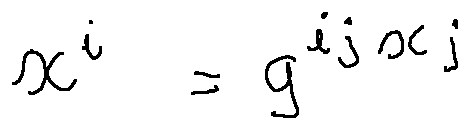
x ^ { i } = g ^ { i j } x _ { j }